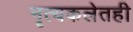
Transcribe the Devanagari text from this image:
नृत्यकलेतही